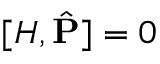
[ { H } , \hat { \mathbf { P } } ] = 0